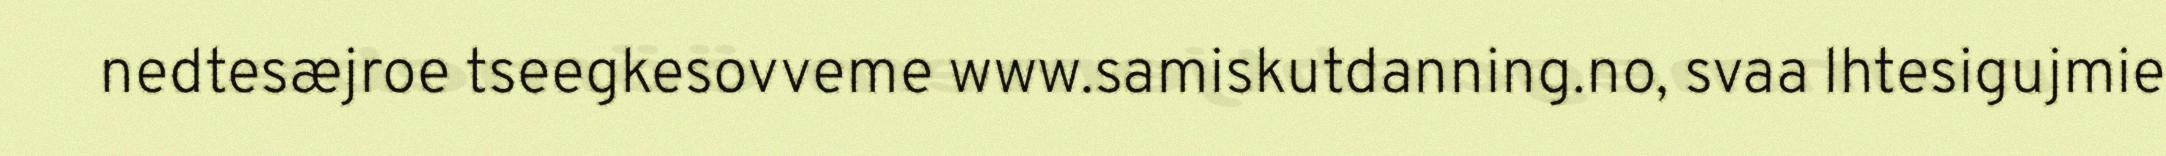
nedtesæjroe tseegkesovveme www.samiskutdanning.no, svaa lhtesigujmie